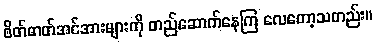
စိတ်ဓာတ်အင်အားများကို တည်ဆောက်နေကြ လေတော့သတည်း။